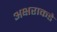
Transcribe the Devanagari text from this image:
अक्षराकडे